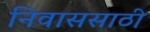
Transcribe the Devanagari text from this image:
निवाससाठी